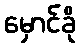
မှောင်ခို